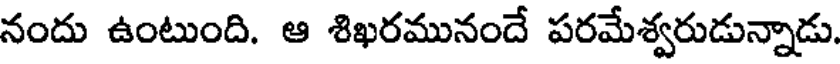
నందు ఉంటుంది. ఆ శిఖరమునందే పరమేశ్వరుడున్నాడు.